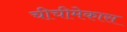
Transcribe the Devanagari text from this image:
चीचीमेकास